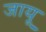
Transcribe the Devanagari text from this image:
जायू